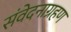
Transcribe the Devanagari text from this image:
संवेदनाग्रहण